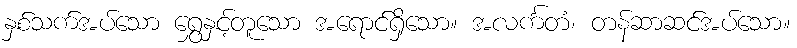
နှစ်သက်အပ်သော ရွှေနှင့်တူသော အရောင်ရှိသော။ အလင်္ကတံ၊ တန်ဆာဆင်အပ်သော။